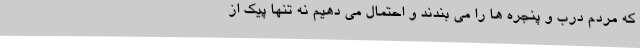
که مردم درب و پنجره ها را می بندند و احتمال می دهیم نه تنها پیک از